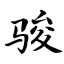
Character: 骏